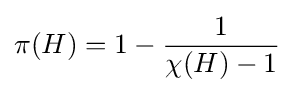
\pi (H)=1-{\frac {1}{\chi (H)-1}}